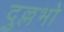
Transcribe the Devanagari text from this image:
दुल्लभो